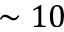
\sim 1 0